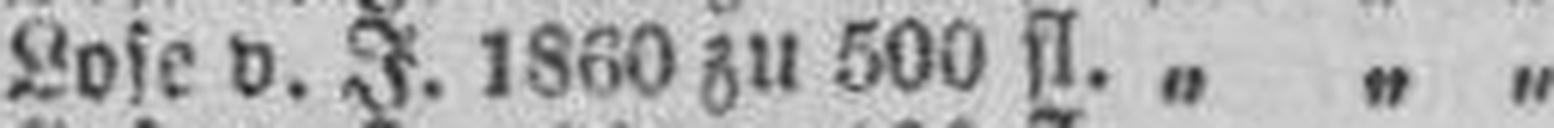
Lose v. J.1860 zu 500 fl. „ „ „